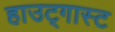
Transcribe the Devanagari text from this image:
हाउट्गास्ट